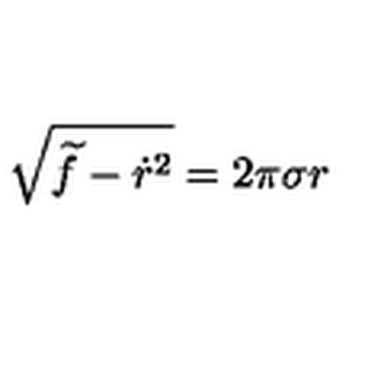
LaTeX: \sqrt { \widetilde f - \dot { r } ^ { 2 } } = 2 \pi \sigma r